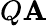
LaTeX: Q\mathbf{A}